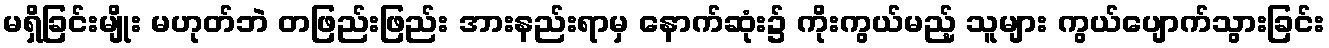
မရှိခြင်းမျိုး မဟုတ်ဘဲ တဖြည်းဖြည်း အားနည်းရာမှ နောက်ဆုံး၌ ကိုးကွယ်မည့် သူများ ကွယ်ပျောက်သွားခြင်း